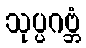
သုပ္ပဂဗ္ဘံ